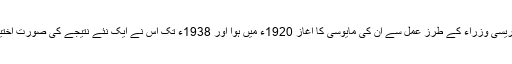
یوں کانگریسی وزراء کے طرز عمل سے ان کی مایوسی کا آغاز 1920ء میں ہوا اور 1938ء تک اس نے ایک نئے نتیجے کی صورت اختیار کرلی۔